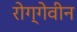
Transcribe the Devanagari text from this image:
रोग्गेवीन